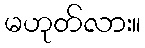
မဟုတ်လား။